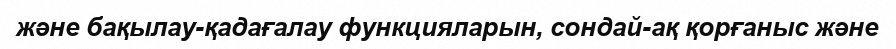
және бақылау-қадағалау функцияларын, сондай-ақ қорғаныс және